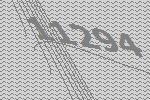
11294